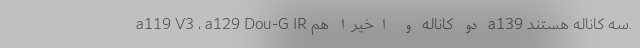
a119 V3 ، a129 Dou-G IR دو کاناله و اخیرا هم a139 سه کاناله هستند.